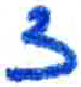
אות: צ